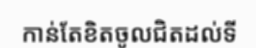
កាន់តែខិតចូលជិតដល់ទី